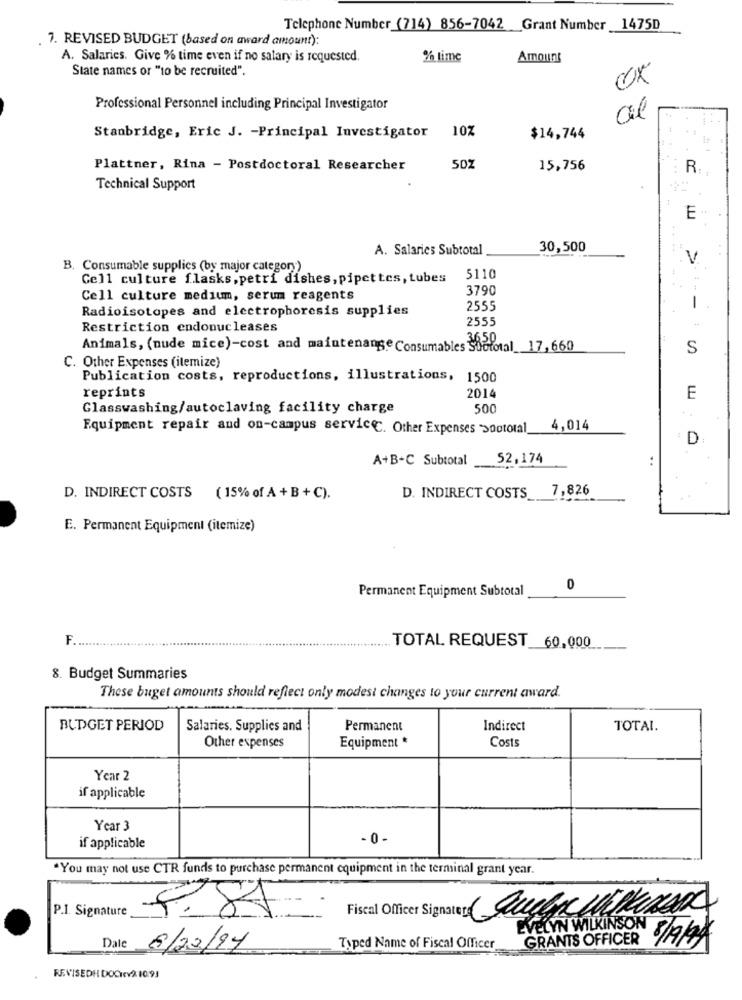
Telephone Number (714) 856-7042 Grant Number 1475D
. 7. REVISED BUDGET (based on award amount):
A. Salaries. Give % time even if no salary is requested.
% time
Amount
State names or "to be recruited".
Professional Personnel including Principal Investigator
al
10%
Stanbridge, Eric J. - Principal Investigator
$14,744
Plattner, Rina - Postdoctoral Researcher
50Z
15,756
R.
Technical Support
E
A. Salaries Subtotal
30,500
V
B. Consumable supplies (by major category)
Cell culture flasks, petri dishes, pipettes, tubes
5110
3790
Cell culture medium, serum reagents
Radioisotopes and electrophoresis supplies
2555
-
2555
Restriction endonucleases
Animals, (nude mice)-cost and maintenance Consumables Suctotal_17,660
S
C. Other Expenses (itemize)
Publication costs, reproductions, illustrations,
1500
reprints
2014
E
Glasswashing/autoclaving facility charge
50
Equipment repair and on-campus service. Other Expenses soototal
4,014
D
A+B+C Subtotal 52,174
D. INDIRECT COSTS 7,826
D. INDIRECT COSTS
( 15% of A + B + C).
E. Permanent Equipment (itemize)
Permanent Equipment Subtotal
0
F.
TOTAL REQUEST 60,000
8. Budget Summaries
These buget amounts should reflect only modest changes to your current award.
BUDGET PERIOD
Salaries. Supplies and
Permanent
Indirect
TOTAL.
Equipment *
Costs
Other expenses
Year 2
if applicable
Year 3
- 0 -
if applicable
"You may not use CTR funds to purchase permanent equipment in the terminal grant year.
P.I. Signature
9.85
Fiscal Officer Signatero Quehac HEMaan
GRANTS OFFICER
Dale
6/22/97
Typed Name of Fiscal Officer
EVELYN WILKINSON 8/9/99
REVISEDH DOCTVA 1093